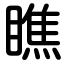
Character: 瞧